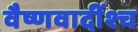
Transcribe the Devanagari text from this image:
वैष्णवादींश्च